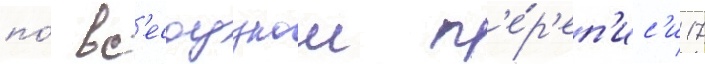
по́ вс'есоузнои п'е́р'еп'ис'и 17